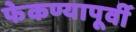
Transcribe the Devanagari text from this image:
फेकण्यापूर्वी